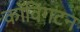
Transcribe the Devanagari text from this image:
कॉविंगटन